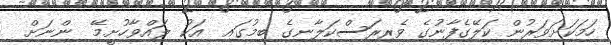
ހަމަކަށަވަރުން ކަލޭގެފާނުގެ ވެރިރަސްކަލާނގެ ބިމުގައި  އަކު ލައްވާހުށީމޭ  ންނަށް